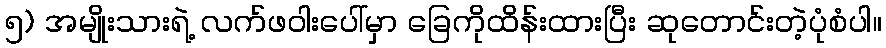
၅) အမျိုးသားရဲ့ လက်ဖဝါးပေါ်မှာ ခြေကိုထိန်းထားပြီး ဆုတောင်းတဲ့ပုံစံပါ။